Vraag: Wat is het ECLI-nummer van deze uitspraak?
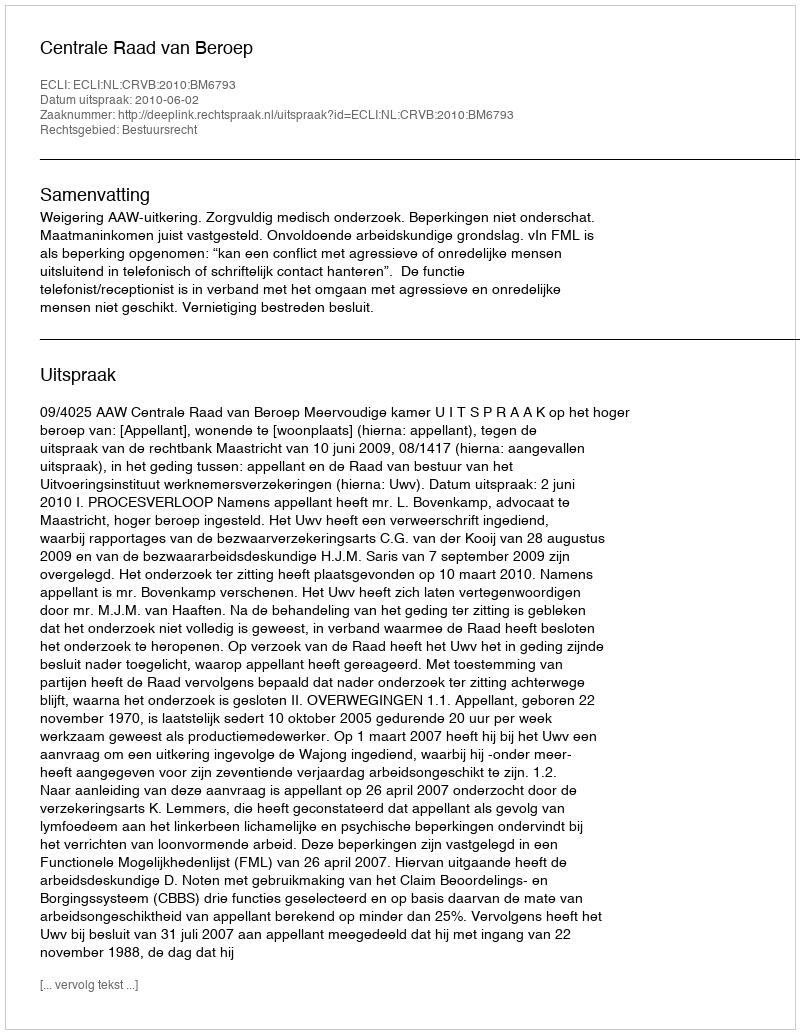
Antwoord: ECLI:NL:CRVB:2010:BM6793